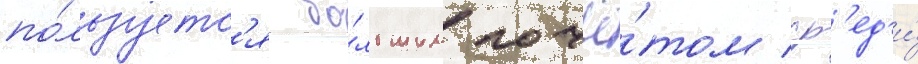
по́льзуетс'я бо́льшим почё́том ср'ед'и́